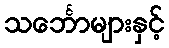
သင်္ဘောများနှင့်